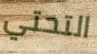
التحتي